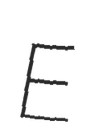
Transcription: E